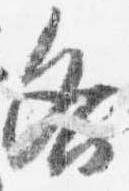
各